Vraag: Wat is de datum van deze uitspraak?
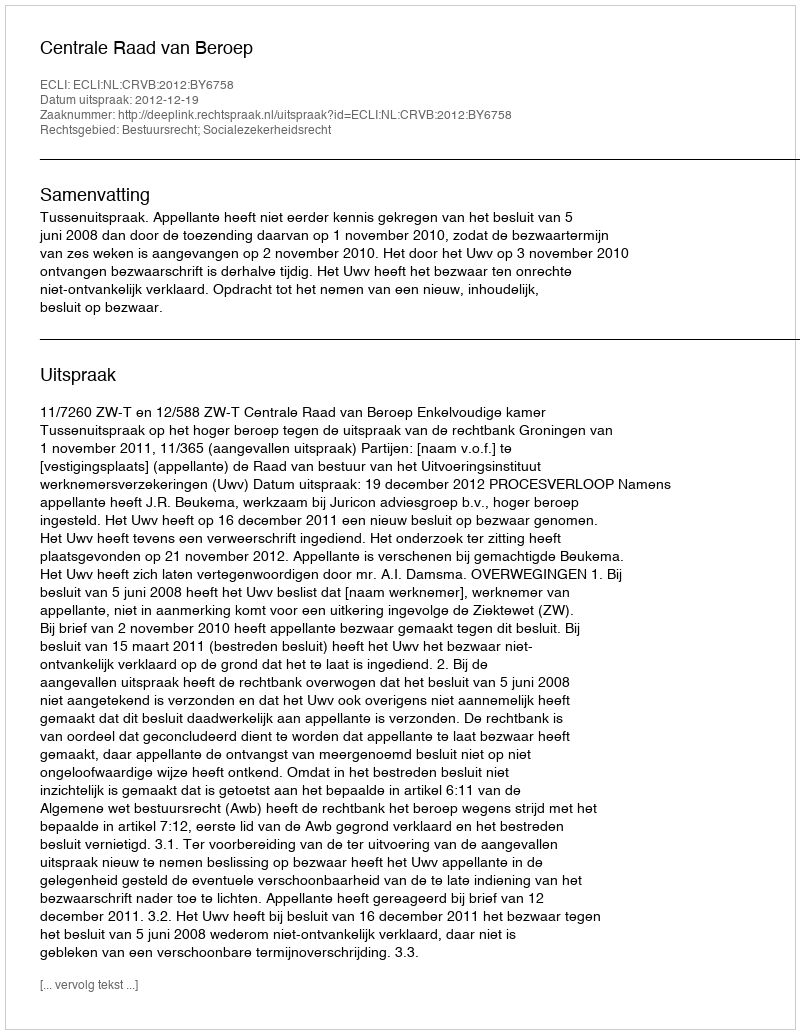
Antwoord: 2012-12-19